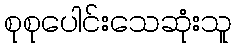
စုစုပေါင်းသေဆုံးသူ